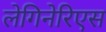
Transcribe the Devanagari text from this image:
लेगिनेरिएस